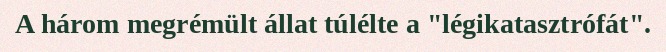
A három megrémült állat túlélte a "légikatasztrófát".